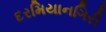
દરમિયાનગિરી